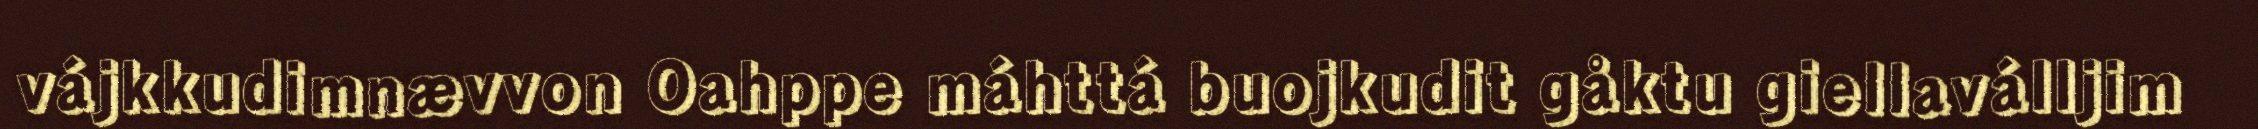
vájkkudimnævvon Oahppe máhttá buojkudit gåktu giellaválljim